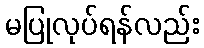
မပြုလုပ်ရန်လည်း